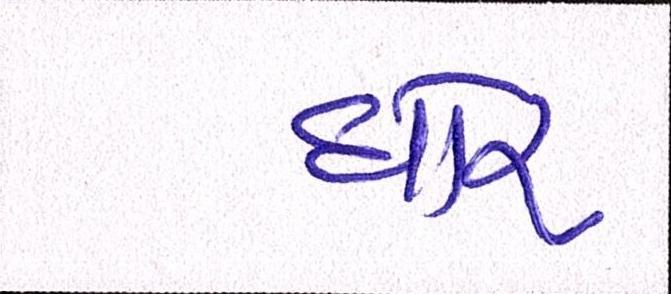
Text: ઘોર